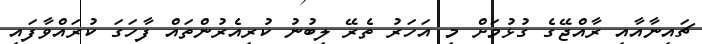
ޗައިނާއާއި ރާއްޖޭގެ ގުޅުމަށް މި އަހަރު ތެރޭ ލިބުނު ކުރިއެރުންތައް ފާހަގަ ކުރައްވާފައި